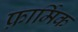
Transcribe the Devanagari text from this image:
फ़ार्मिक